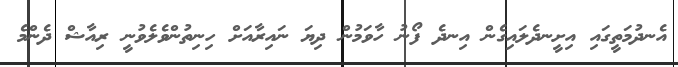
އެނދުމަތީގައި އިށީނދެލައިގެން އިނދެ ފޯނު ހާވަމުން ދިޔަ ނައިރާއަށް ހިނިތުންވެލެވުނީ ރިއާޝް ދެންމެ